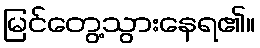
မြင်တွေ့သွားနေရ၏။